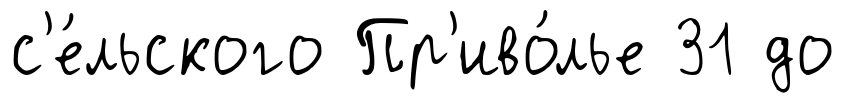
с'е́льского Пр'иво́лье 31 до